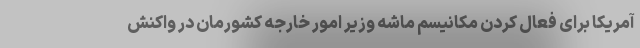
آمریکا برای فعال کردن مکانیسم ماشه وزیر امور خارجه کشورمان در واکنش